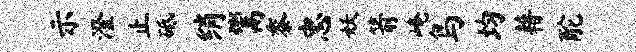
示澄止砥绡鬻黍忠妖箭崦鸟均藉酡